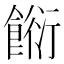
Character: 餰